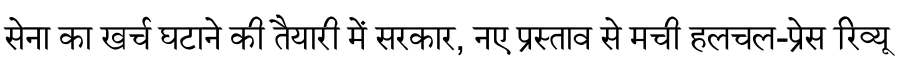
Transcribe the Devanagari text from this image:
सेना का खर्च घटाने की तैयारी में सरकार, नए प्रस्ताव से मची हलचल-प्रेस रिव्यू